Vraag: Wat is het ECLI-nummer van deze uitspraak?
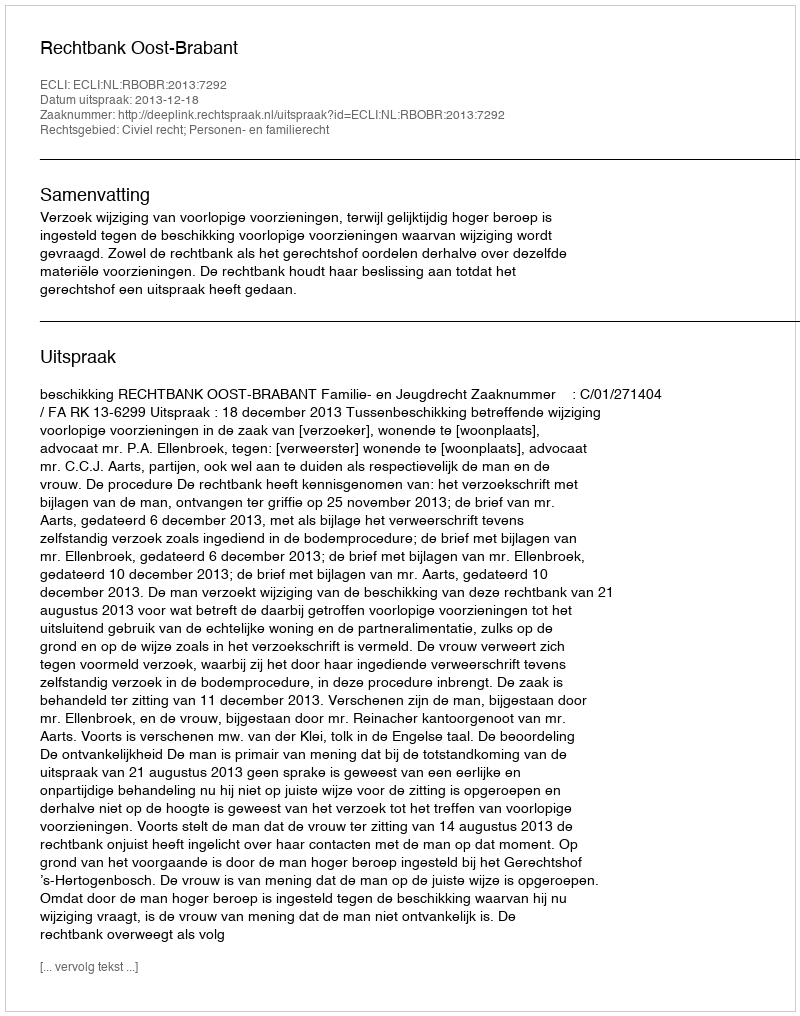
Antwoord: ECLI:NL:RBOBR:2013:7292